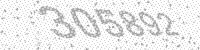
Solution: 305892